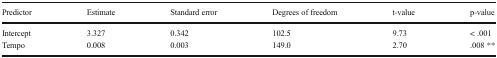
<table><thead><tr><td><b>Predictor</b></td><td><b>Estimate</b></td><td><b>Standard error</b></td><td><b>Degrees of freedom</b></td><td><b>t-value</b></td><td><b>p-value</b></td></tr></thead><tbody><tr><td>Intercept</td><td>3.327</td><td>0.342</td><td>102.5</td><td>9.73</td><td>&lt; .001</td></tr><tr><td>Tempo</td><td>0.008</td><td>0.003</td><td>149.0</td><td>2.70</td><td>.008 **</td></tr></tbody></table>